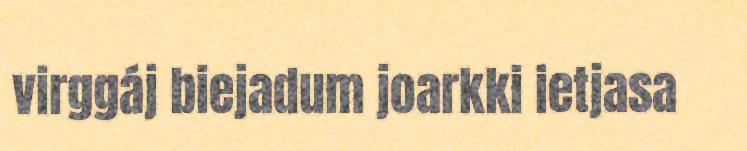
virggáj biejadum joarkki ietjasa